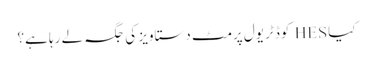
کیا HES کوڈ ٹریول پرمٹ دستاویز کی جگہ لے رہا ہے؟